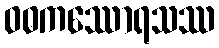
ဝဓကဿောရသဿ